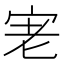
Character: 𭓮